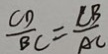
\frac { C D } { B C } = \frac { C B } { A C }